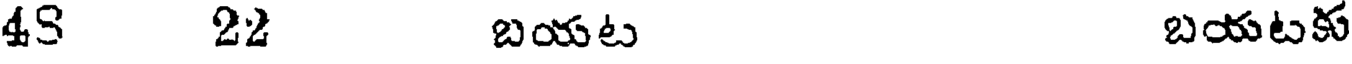
4S 22 బయట బయటకు